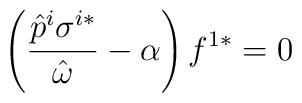
\left(\frac{\hat{p}^i \sigma^{i*}}{\hat{\omega}}-\alpha\right)f^{1*}=0